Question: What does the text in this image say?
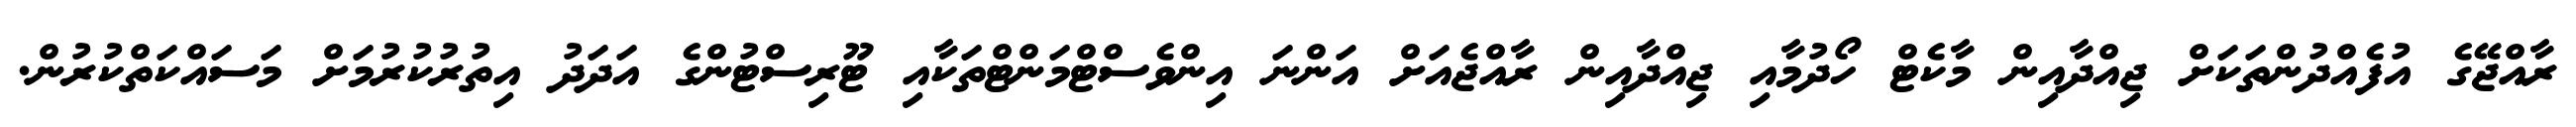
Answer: ރާއްޖޭގެ އުފެއްދުންތަކަށް ޖިއްދާއިން މާކެޓް ހޯދުމާއި ޖިއްދާއިން ރާއްޖެއަށް އަންނަ އިންވެސްޓްމަންޓްތަކާއި ޓޫރިސްޓުންގެ އަދަދު އިތުރުކުރުމަށް މަސައްކަތްކުރުން.